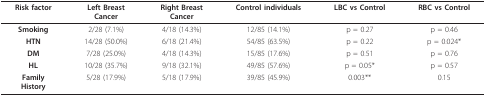
<table><thead><tr><td><b>Risk factor</b></td><td><b>Left BreastCancer</b></td><td><b>Right BreastCancer</b></td><td><b>Control individuals</b></td><td><b>LBC vs Control</b></td><td><b>RBC vs Control</b></td></tr></thead><tbody><tr><td><b>Smoking</b></td><td>2/28 (7.1%)</td><td>4/18 (14.3%)</td><td>12/85 (14.1%)</td><td>p = 0.27</td><td>p = 0.46</td></tr><tr><td><b>HTN</b></td><td>14/28 (50.0%)</td><td>6/18 (21.4%)</td><td>54/85 (63.5%)</td><td>p = 0.22</td><td>p = 0.024*</td></tr><tr><td><b>DM</b></td><td>7/28 (25.0%)</td><td>4/18 (14.3%)</td><td>15/85 (17.6%)</td><td>p = 0.51</td><td>p = 0.76</td></tr><tr><td><b>HL</b></td><td>10/28 (35.7%)</td><td>9/18 (32.1%)</td><td>49/85 (57.6%)</td><td>p = 0.05*</td><td>p = 0.57</td></tr><tr><td><b>Family</b><b>History</b></td><td>5/28 (17.9%)</td><td>5/18 (17.9%)</td><td>39/85 (45.9%)</td><td>0.003**</td><td>0.15</td></tr></tbody></table>